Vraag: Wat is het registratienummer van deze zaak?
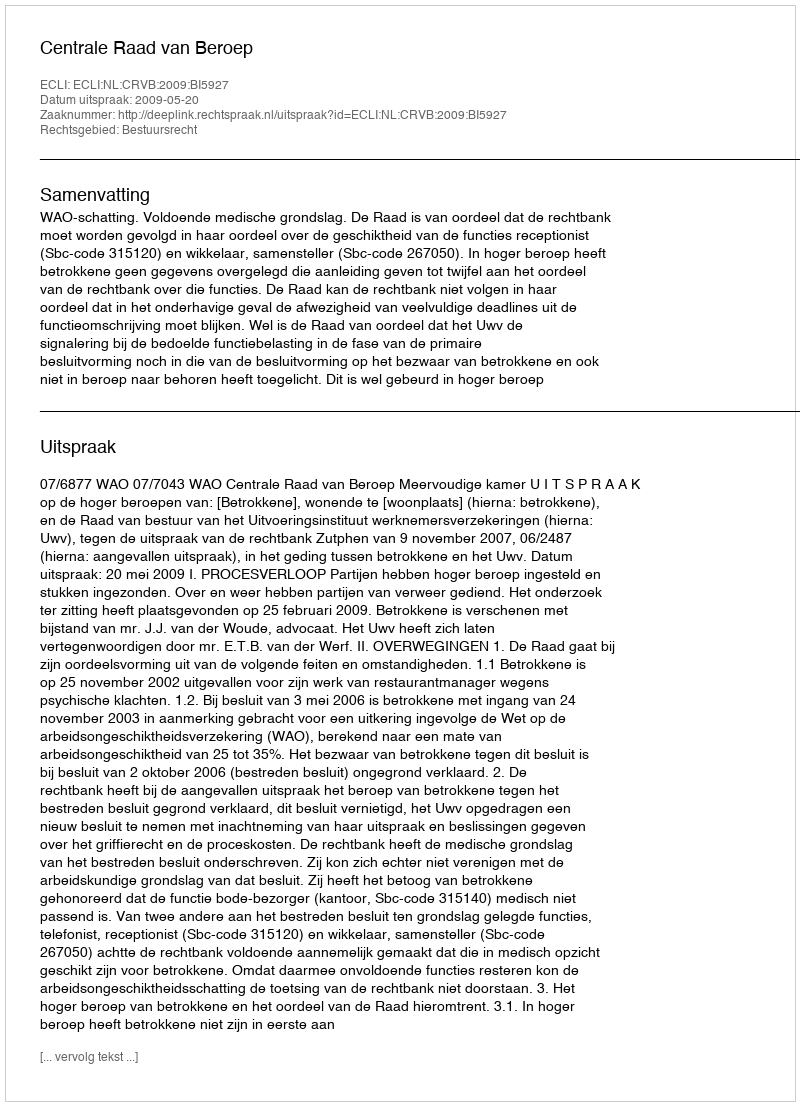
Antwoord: http://deeplink.rechtspraak.nl/uitspraak?id=ECLI:NL:CRVB:2009:BI5927